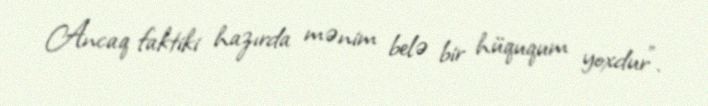
Ancaq faktiki hazırda mənim belə bir hüququm yoxdur".